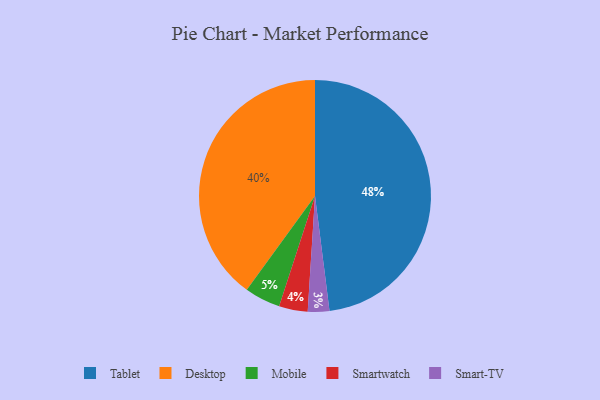
{"axis": {"x": "Category", "y": "Percentage"}, "legend": ["Desktop", "Mobile", "Smart-TV", "Smartwatch", "Tablet"], "data": [{"x": "Smart-TV", "y": 3, "type": "Smart-TV"}, {"x": "Smartwatch", "y": 4, "type": "Smartwatch"}, {"x": "Desktop", "y": 40, "type": "Desktop"}, {"x": "Tablet", "y": 48, "type": "Tablet"}, {"x": "Mobile", "y": 5, "type": "Mobile"}]}